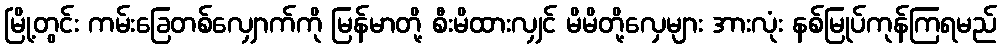
မြို့တွင်း ကမ်းခြေတစ်လျှောက်ကို မြန်မာတို့ စီးမိထားလျှင် မိမိတို့လှေများ အားလုံး နစ်မြုပ်ကုန်ကြရမည်